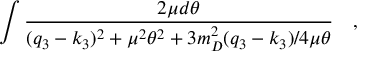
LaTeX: \int \frac { 2 \mu d \theta } { ( q _ { 3 } - k _ { 3 } ) ^ { 2 } + \mu ^ { 2 } \theta ^ { 2 } + 3 m _ { D } ^ { 2 } ( q _ { 3 } - k _ { 3 } ) / 4 \mu \theta } \quad ,